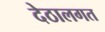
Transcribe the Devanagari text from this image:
देठालगत